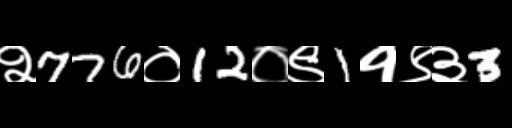
Text: २776०12०९1१९३3